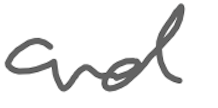
Text: and
Cross-out: clean
Writing tool: digital_gray